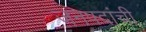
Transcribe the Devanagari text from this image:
जनपदांची